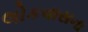
લોકવાસના